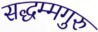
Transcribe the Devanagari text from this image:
सद्धम्मगुरु